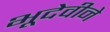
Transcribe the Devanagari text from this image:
भूदेवीने